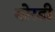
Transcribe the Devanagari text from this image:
गोरडी